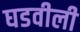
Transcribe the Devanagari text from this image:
घडवीली